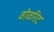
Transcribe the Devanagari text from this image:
वोवरिट